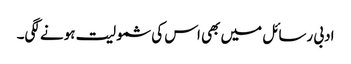
ادبی رسائل میں بھی اس کی شمولیت ہونے لگی۔